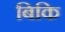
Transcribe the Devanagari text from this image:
बिकि